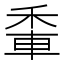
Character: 𨋟